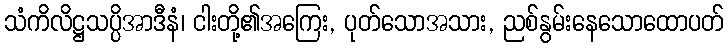
သံကိလိဋ္ဌသပ္ပိအာဒီနံ၊ ငါးတို့၏အကြေး, ပုတ်သောအသား, ညစ်နွမ်းနေသောထောပတ်